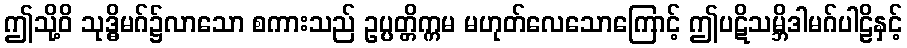
ဤသို့ဝိ သုဒ္ဓိမဂ်၌လာသော စကားသည် ဥပ္ပတ္တိက္ကမ မဟုတ်လေသောကြောင့် ဤပဋိသမ္ဘိဒါမဂ်ပါဠိနှင့်